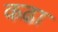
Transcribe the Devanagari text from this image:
कढा